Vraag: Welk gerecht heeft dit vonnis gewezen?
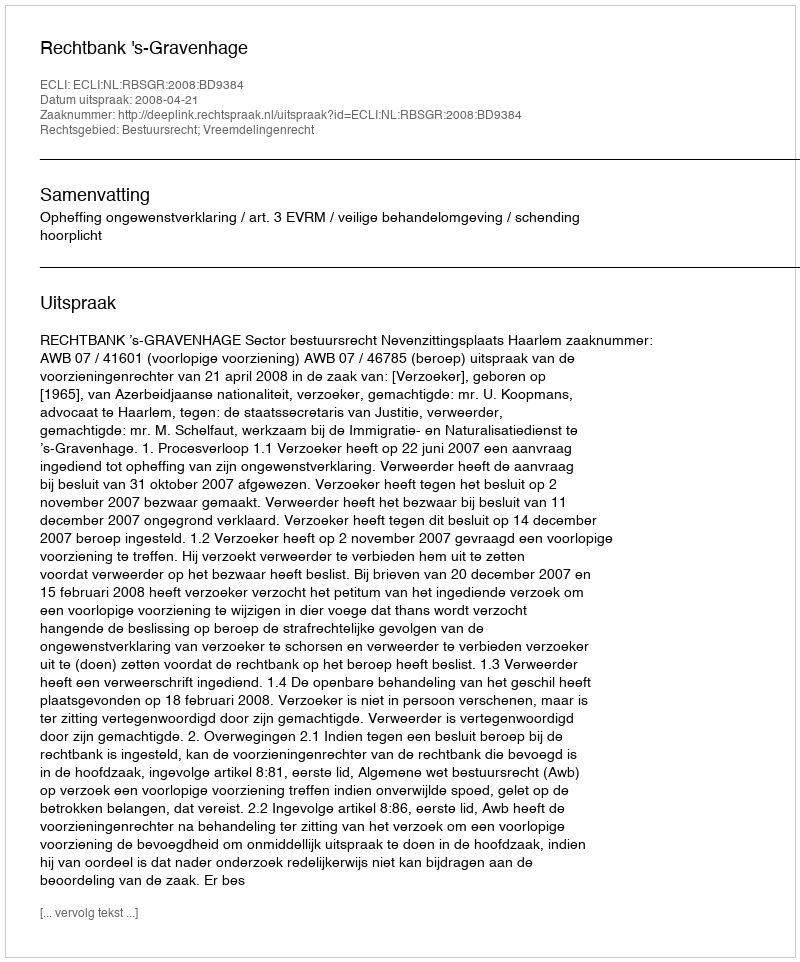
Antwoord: Rechtbank 's-Gravenhage